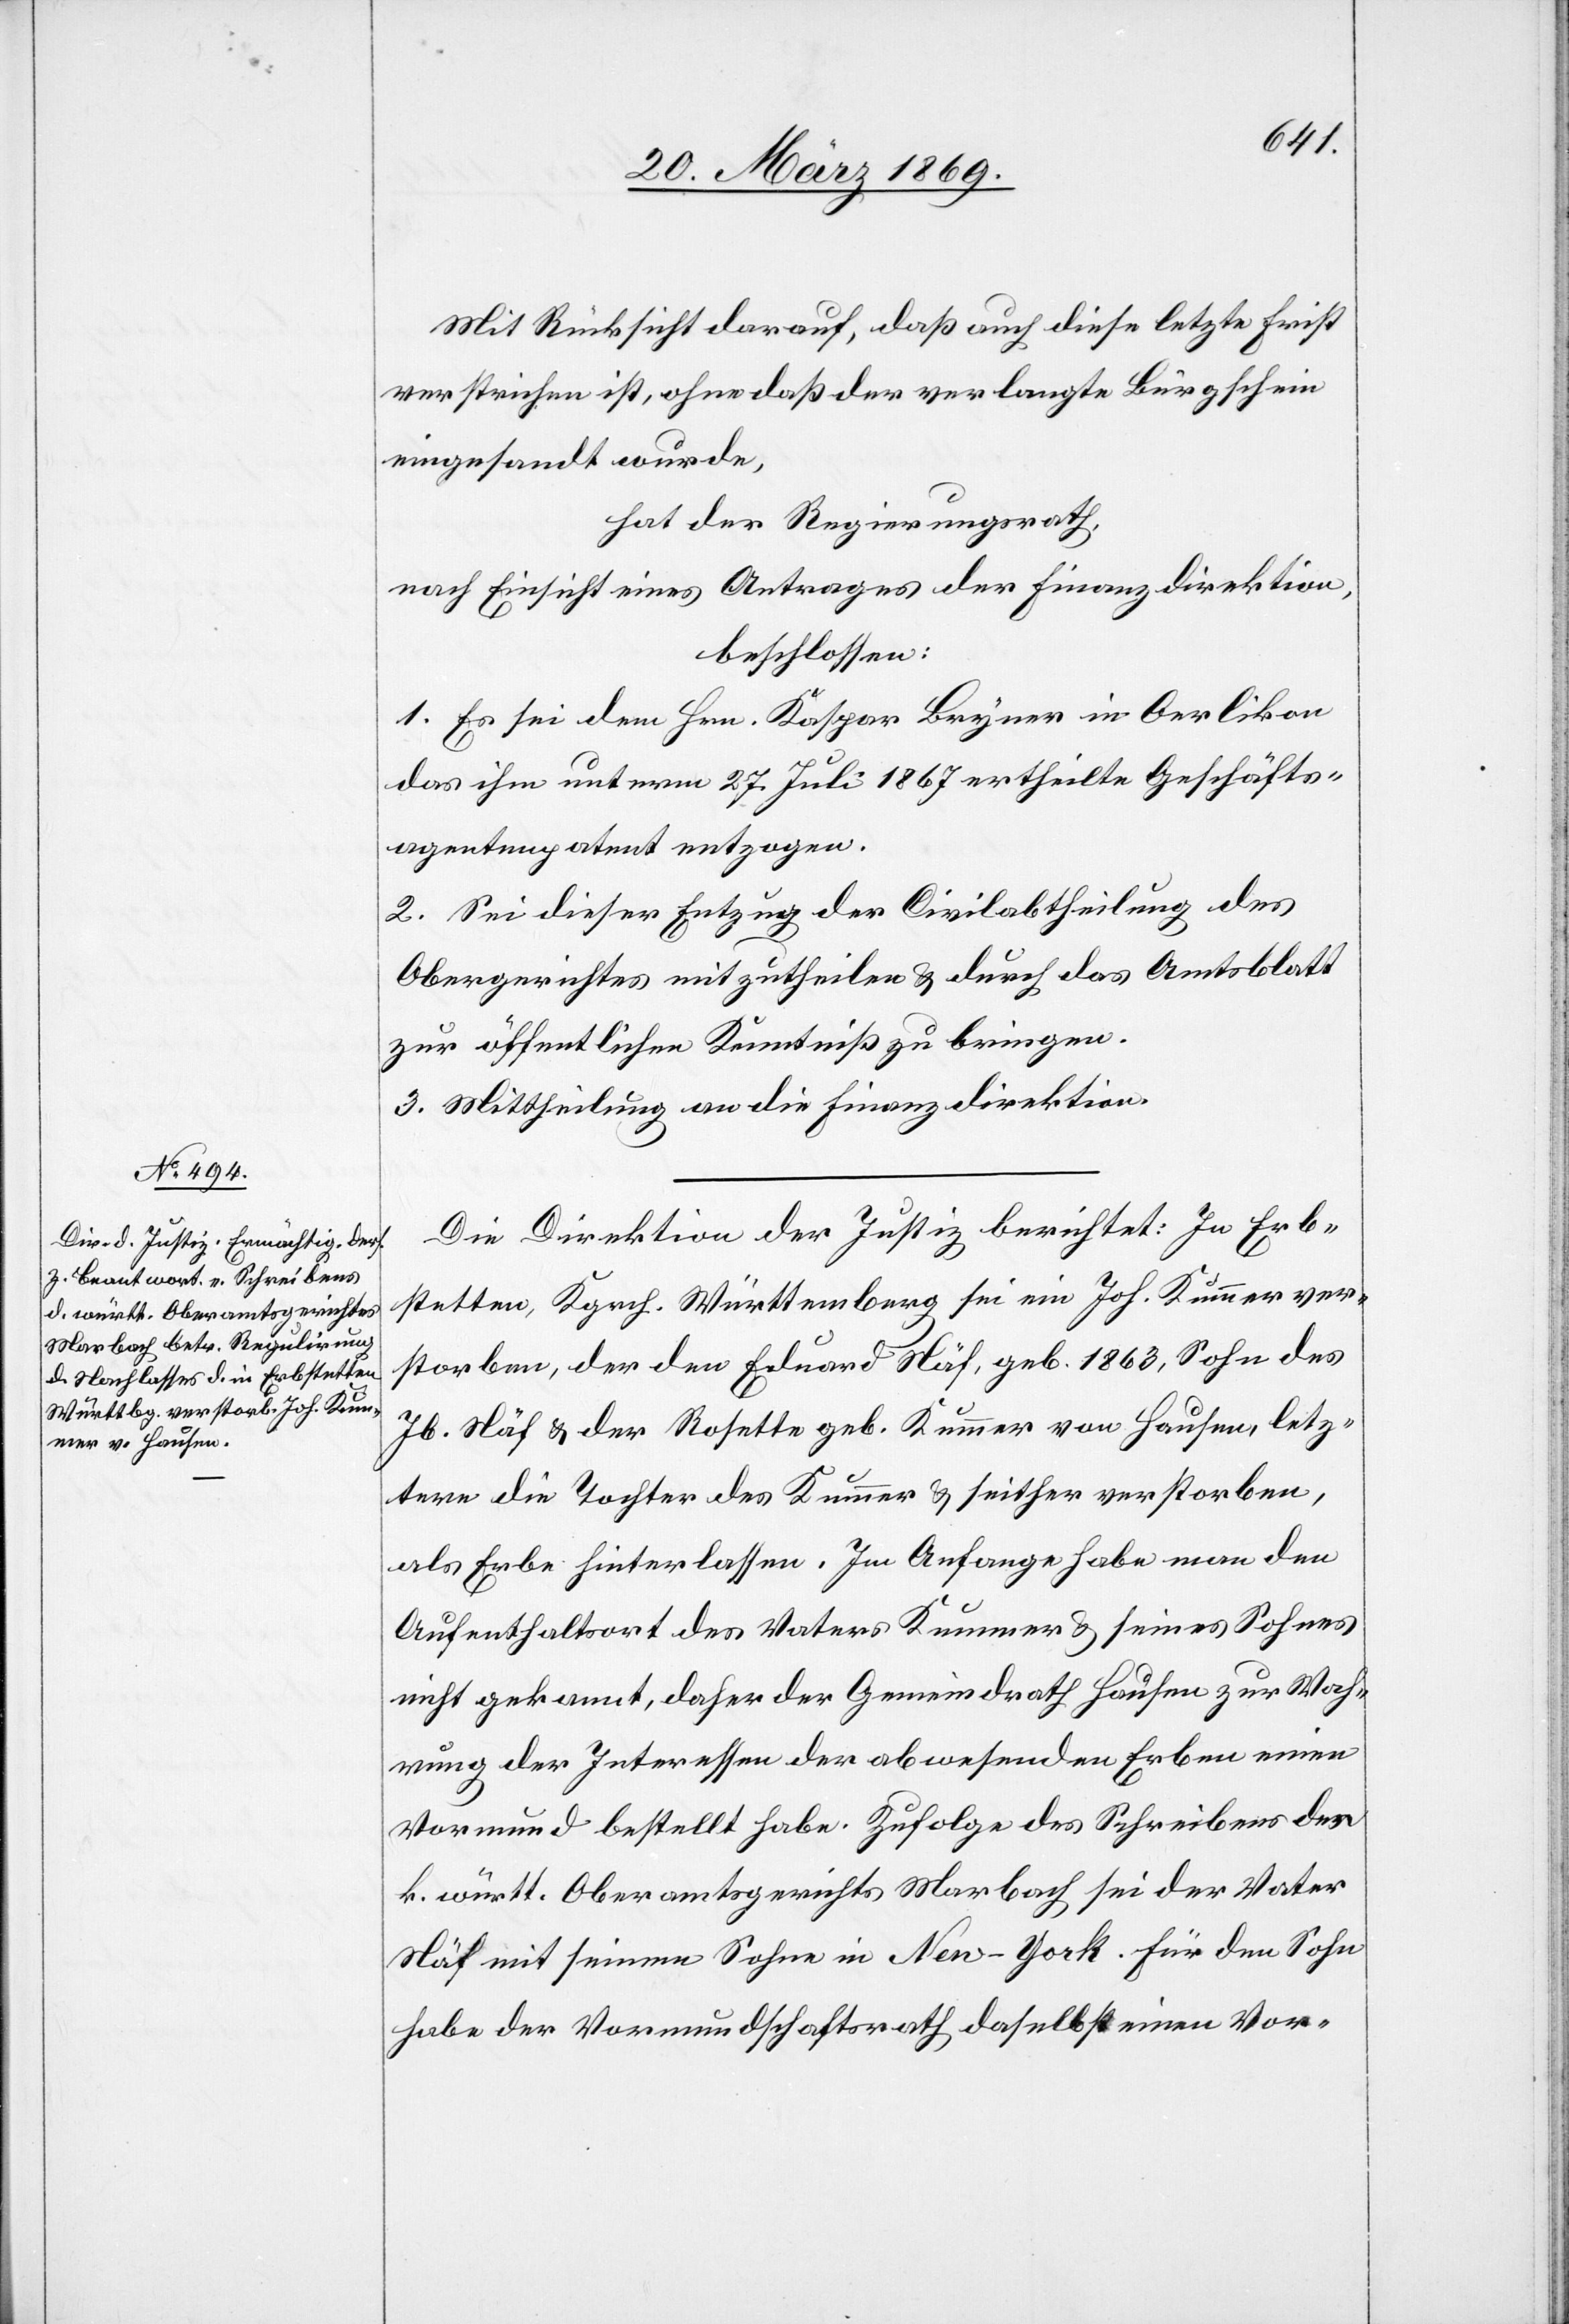
Mit Rücksicht darauf, daß auch diese letzte Frist
verstrichen ist, ohne daß der verlangte Bürgschein
eingesandt wurde,
hat der Regierungsrath,
nach Einsicht eine Antrages der Finanzdirektion,
beschlossen:
1. Es sei dem Hrn. Kaspar Bryner in Oerlikon
das ihm unterm 27. Juli 1867 ertheilte Geschäfts¬
agentenpatent entzogen.
2. Sei dieser Entzug der Civilabtheilung des
Obergerichtes mitzutheilen u. durch das Amtsblatt
zur öffentlichen Kenntniß zu bringen.
3. Mittheilung an die Finanzdirektion.
Die Direktion der Justiz berichtet: In Erb¬
stetten, Kgrch. Württemberg sei ein Joh. Kummer ver¬
storben, der den Eduard Näf, geb. 1863, Sohn des
Jb. Näf & der Rosette geb. Kummer von Hausen, letz¬
tere die Tochter des Kummer & seither verstorben,
als Erbe hinterlassen. Im Anfange habe man den
Aufenthaltsort des Vaters Kummer & seines Sohnes
nicht gekannt, daher der Gemeindrath Hausen zur Wah¬
rung der Interessen der abwesenden Erben einen
Vormund bestellt habe. Zufolge des Schreibens der
k. württ. Oberamtsgerichts Marbach sei der Vater
Näf mit seinem Sohne in New-York. Für den Sohn
habe der Vormundschaftsrath daselbst einen Vor-